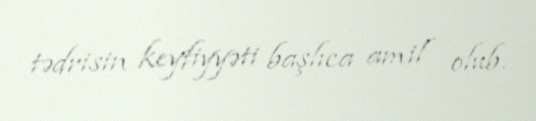
tədrisin keyfiyyəti başlıca amil olub.